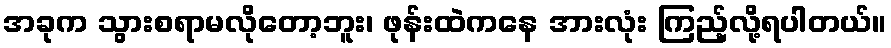
အခုက သွားစရာမလိုတော့ဘူး၊ ဖုန်းထဲကနေ အားလုံး ကြည့်လို့ရပါတယ်။